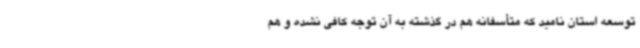
توسعه استان نامید که متأسفانه هم در گذشته به آن توجه کافی نشده و هم